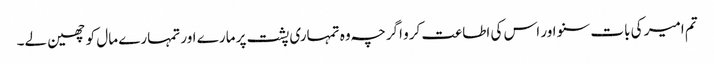
تم امیر کی بات سنو اور اس کی اطاعت کرو اگرچہ وہ تمہاری پشت پر مارے اور تمہارے مال کو چھین لے۔